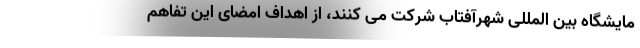
مایشگاه بین المللی شهرآفتاب شرکت می کنند، از اهداف امضای این تفاهم